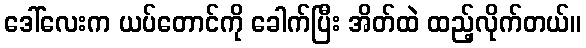
ဒေါ်လေးက ယပ်တောင်ကို ခေါက်ပြီး အိတ်ထဲ ထည့်လိုက်တယ်။